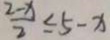
\frac { 2 - x } { 2 } \leq 5 - x